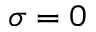
\sigma = 0